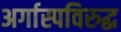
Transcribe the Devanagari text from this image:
अर्गास्पविरुद्ध